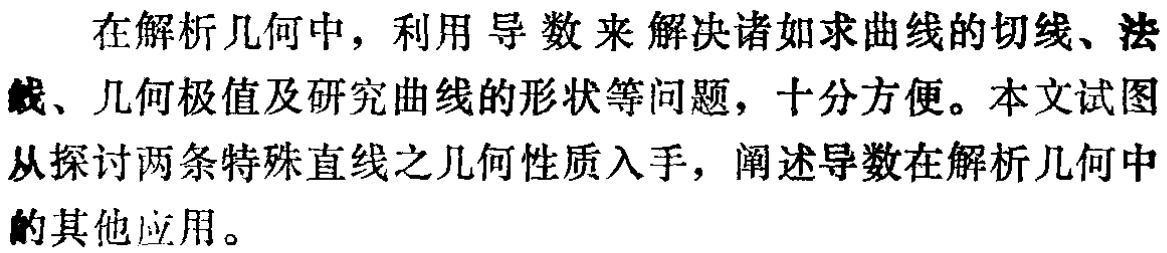
在解析几何中，利用导数来解决诸如求曲线的切线、法线、几何极值及研究曲线的形状等问题，十分方便。本文试图从探讨两条特殊直线之几何性质入手，阐述导数在解析几何中的其他应用。